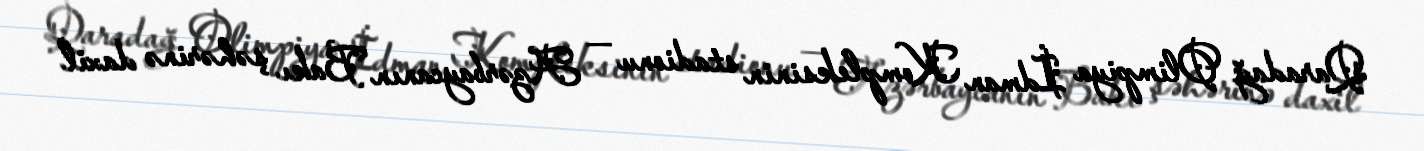
Qaradağ Olimpiya İdman Kompleksinin stadionu — Azərbaycanın Bakı şəhərinə daxil